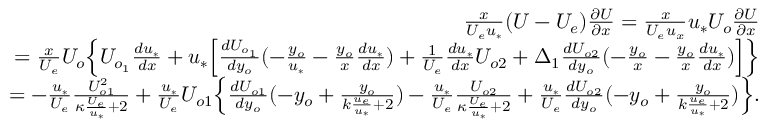
\begin{array} { r } { \frac { x } { U _ { e } u _ { * } } ( U - U _ { e } ) \frac { \partial U } { \partial x } = \frac { x } { U _ { e } u _ { x } } u _ { * } U _ { o } \frac { \partial U } { \partial x } } \\ { = \frac { x } { U _ { e } } U _ { o } \Big \{ U _ { o _ { 1 } } \frac { d u _ { * } } { d x } + u _ { * } \Big [ \frac { d U _ { o _ { 1 } } } { d y _ { o } } ( - \frac { y _ { o } } { u _ { * } } - \frac { y _ { o } } { x } \frac { d u _ { * } } { d x } ) + \frac { 1 } { U _ { e } } \frac { d u _ { * } } { d x } U _ { o 2 } + \Delta _ { 1 } \frac { d U _ { o 2 } } { d y _ { o } } ( - \frac { y _ { o } } { x } - \frac { y _ { o } } { x } \frac { d u _ { * } } { d x } ) \Big ] \Big \} } \\ { = - \frac { u _ { * } } { U _ { e } } \frac { U _ { o 1 } ^ { 2 } } { \kappa \frac { U _ { e } } { u _ { * } } + 2 } + \frac { u _ { * } } { U _ { e } } U _ { o 1 } \Big \{ \frac { d U _ { o 1 } } { d y _ { o } } ( - y _ { o } + \frac { y _ { o } } { k \frac { u _ { e } } { u _ { * } } + 2 } ) - \frac { u _ { * } } { U _ { e } } \frac { U _ { o 2 } } { \kappa \frac { U _ { e } } { u _ { * } } + 2 } + \frac { u _ { * } } { U _ { e } } \frac { d U _ { o 2 } } { d y _ { o } } ( - y _ { o } + \frac { y _ { o } } { k \frac { u _ { e } } { u _ { * } } + 2 } ) \Big \} . } \end{array}